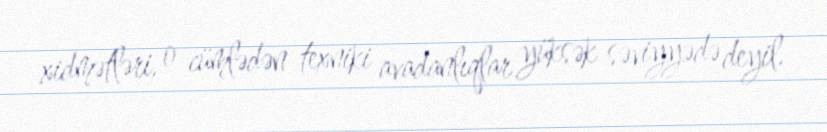
xidmətləri, o cümlədən texniki avadanlıqlar yüksək səviyyədə deyil.